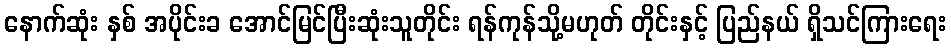
နောက်ဆုံး နှစ် အပိုင်းခ အောင်မြင်ပြီးဆုံးသူတိုင်း ရန်ကုန်သို့မဟုတ် တိုင်းနှင့် ပြည်နယ် ရှိသင်ကြားရေး